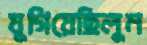
যুগিয়েছিলুম